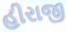
હીરાજી